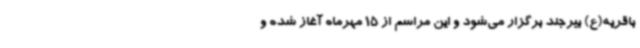
باقریه(ع) بیرجند برگزار می‌شود و این مراسم از 15 مهرماه آغاز شده و